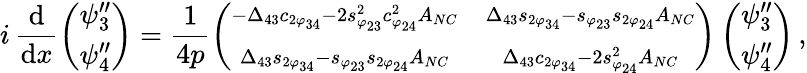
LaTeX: i\, \frac{\mathrm{d}}{\mathrm{d}x}\left(\begin{array}{c}{{\psi_{3}^{\prime\prime}}}\\ {{\psi_{4}^{\prime\prime}}}\end{array}\right)=\frac{1}{4p}\left(\begin{array}{cc}{{\scriptstyle-\Delta_{43}c_{2\varphi_{34}}-2s_{\varphi_{23}}^{2}c_{\varphi_{24}}^{2}A_{NC}}}&{{\scriptstyle\Delta_{43}s_{2\varphi_{34}}-s_{\varphi_{23}}s_{2\varphi_{24}}A_{NC}}}\\ {{\scriptstyle\Delta_{43}s_{2\varphi_{34}}-s_{\varphi_{23}}s_{2\varphi_{24}}A_{NC}}}&{{\scriptstyle\Delta_{43}c_{2\varphi_{34}}-2s_{\varphi_{24}}^{2}A_{NC}}}\end{array}\right)\left(\begin{array}{c}{{\psi_{3}^{\prime\prime}}}\\ {{\psi_{4}^{\prime\prime}}}\end{array}\right)\, ,